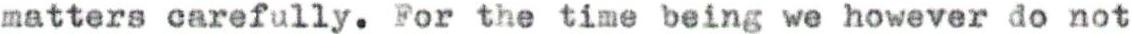
matters carefully. For the time being we however do not